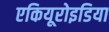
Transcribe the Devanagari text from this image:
एकियूरोइडिया